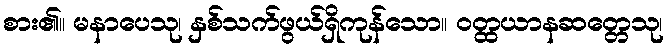
စား၏။ မနာပေသု၊ နှစ်သက်ဖွယ်ရှိကုန်သော။ ဝတ္ထယာနဆတ္တေသု၊